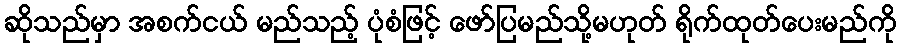
ဆိုသည်မှာ အစက်ငယ် မည်သည့် ပုံစံဖြင့် ဖော်ပြမည်သို့မဟုတ် ရိုက်ထုတ်ပေးမည်ကို